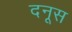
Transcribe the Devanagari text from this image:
दनूस